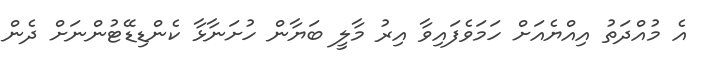
އެ މުއްދަތު އިއްޔެއަށް ހަމަވެފައިވާ އިރު މާލީ ބަޔާން ހުށަނާޅާ ކެންޑިޑޭޓުންނަށް ދެން